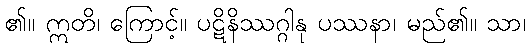
၏။ ဣတိ၊ ကြောင့်။ ပဋိနိဿဂ္ဂါနု ပဿနာ၊ မည်၏။ သာ၊